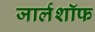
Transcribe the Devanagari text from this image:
जार्लशॉफ